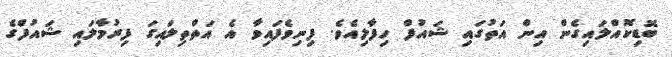
ބޮޑިކޮއްލައިގެން އިން އަތުގައި ޝައުފް ހިފާލިއެވެ. ފިނިވެފައިވާ އެ އަތްތިލައިގަ ފިރުމާލައި ޝައުފްގެ